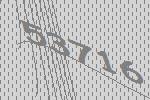
53716